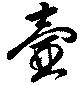
壺